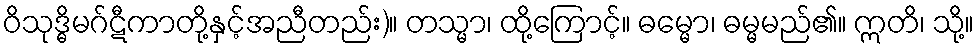
ဝိသုဒ္ဓိမဂ်ဋီကာတို့နှင့်အညီတည်း)။ တသ္မာ၊ ထို့ကြောင့်။ ဓမ္မော၊ ဓမ္မမည်၏။ ဣတိ၊ သို့။